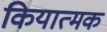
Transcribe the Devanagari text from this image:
कियात्मक